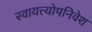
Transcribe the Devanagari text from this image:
स्वायत्त्योपनिवेश